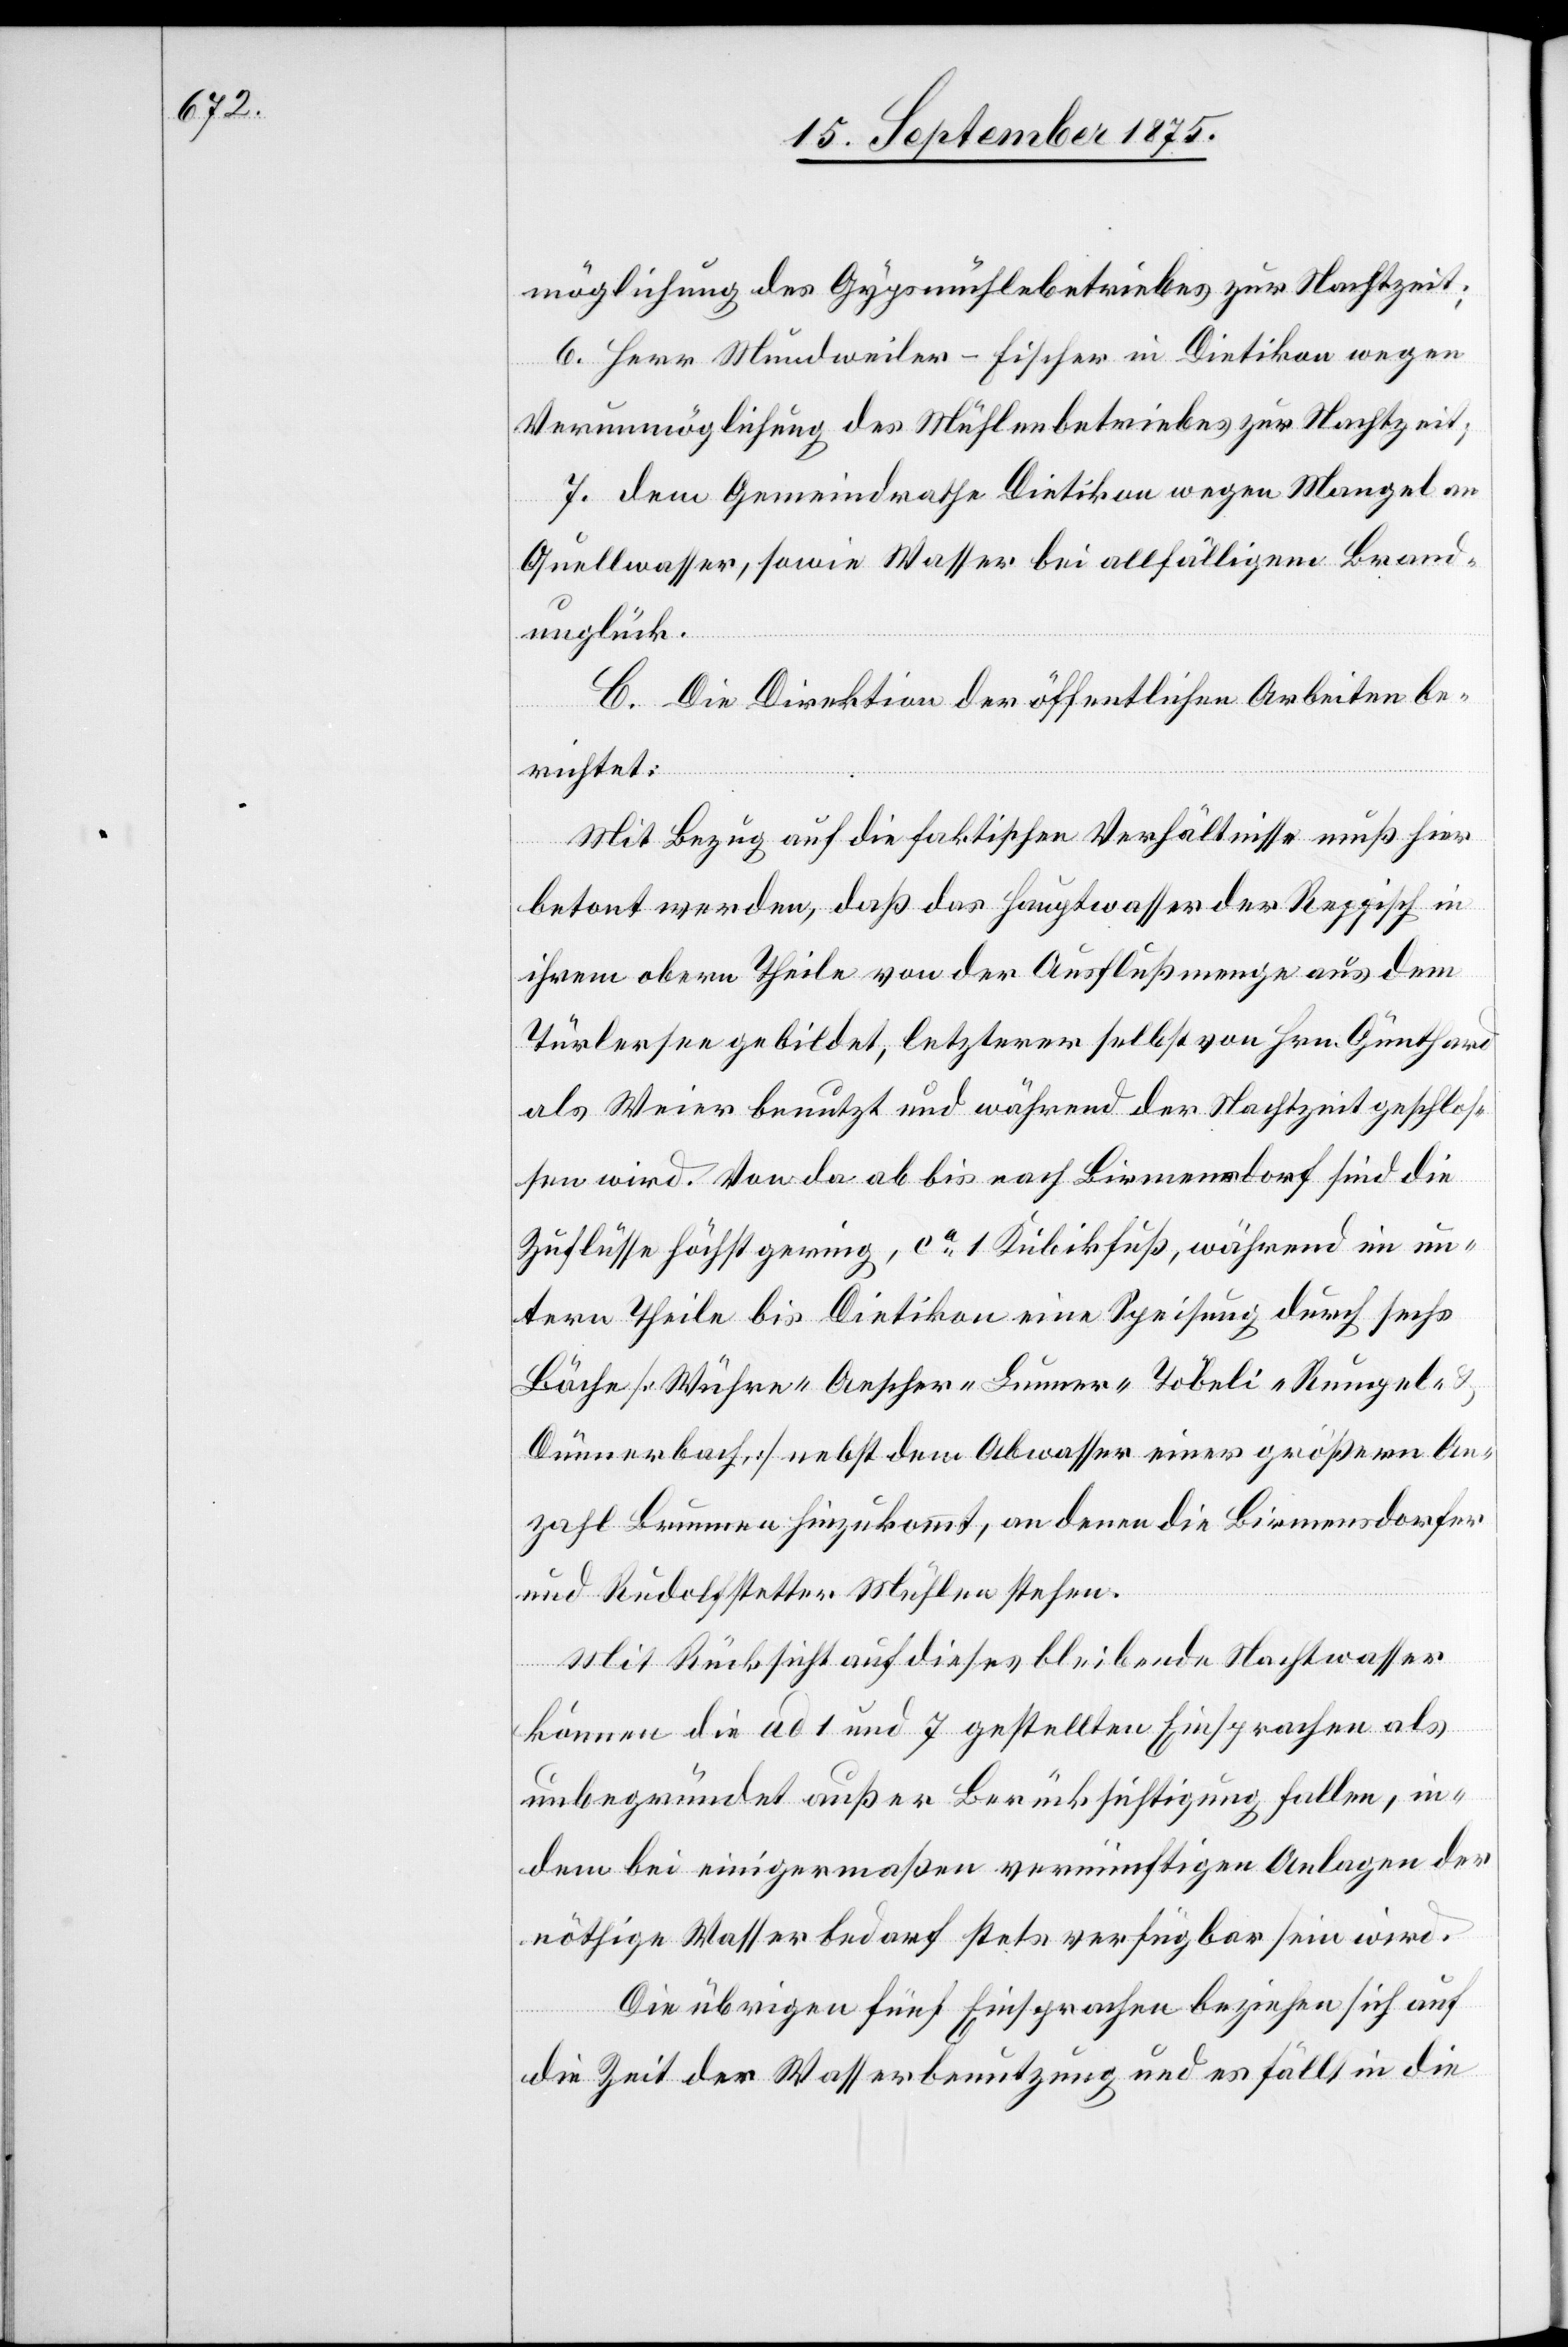
möglichung des Gypsmühlebetriebes zur Nachtzeit;
6. Herr Mundweiler-Fischer in Dietikon wegen
Verunmöglichung des Mühlenbetriebes zur Nachtzeit;
7. dem Gemeindrathe Dietikon wegen Mangel an
Quellwasser, sowie Wasser bei allfälligem Brand¬
unglück.
C. Die Direktion der öffentlichen Arbeiten be¬
richtet:
Mit Bezug auf die faktischen Verhältnisse muß hier
betont werden, daß das Hauptwasser der Reppisch in
ihrem obern Theile von der Ausflußmenge aus dem
Türlersee gebildet, letzterer selbst von Hrn. Günthard
als Weier benutzt und während der Nachtzeit geschlos¬
sen wird. Von da ab bis nach Birmensdorf sind die
Zuflüsse höchst gering, ca 1 Kubikfuß, während im un¬
tern Theile bis Dietikon eine Speisung durch sechs
Bäche [Wühre- Aescher- Lunner- Töbeli- Rumpel-
Dünnerbach] nebst dem Abwasser einer größern An¬
zahl Brunnen hinzukommt, an denen die Birmensdorfer
und Rudolfstetter Mühlen stehen.
Mit Rücksicht auf dieses bleibende Nachtwasser
können die ad 1 und 7 gestellten Einsprachen als
unbegründet außer Berücksichtigung fallen, in¬
dem bei einigermaßen vernünftigen Anlagen der
nöthige Wasserbedarf stets verfügbar sein wird.
Die übrigen fünf Einsprachen beziehen sich auf
die Zeit der Wasserbenutzung und es fällt in die